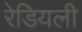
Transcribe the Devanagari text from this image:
रेडियली